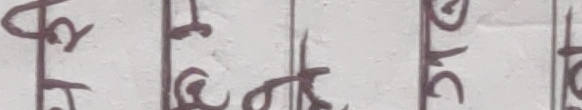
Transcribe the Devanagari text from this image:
स्रोत्र